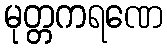
မုတ္တကရဏေ